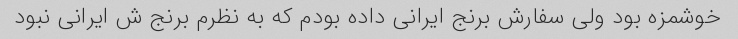
خوشمزه بود ولی سفارش برنج ایرانی داده بودم که به نظرم برنج ش ایرانی نبود